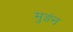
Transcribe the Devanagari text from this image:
मुडंन